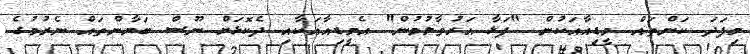
މިފަދަ ކަންތައް މީޑިއާއަކުން "ފަޅާ އަރުވާލުމުން" އެމީޑިއާއަކާއި ދެކޮޅަށް ނޫސް ބަޔާންތައް ނެރުމުގެ